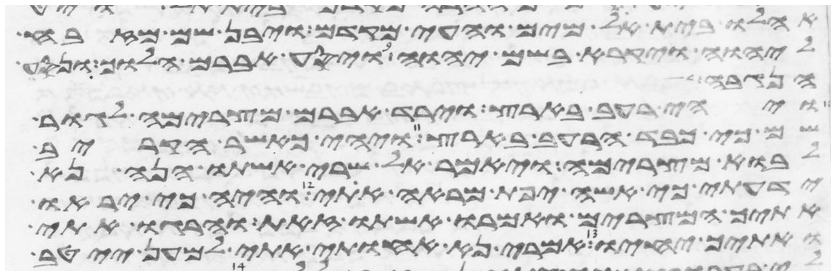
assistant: אהלו בית אל מים והעי מקדם ויבן שם מזבח
ליהוה ויקרא בשם יהוה ויסע אברם הלוך ונסע
הנגבה
ויהי רעב בארץ וירד אברם מצרימה לגור
שם כי כבד הרעב בארץ ויהי כאשר הקריב
לבוא מצרימה ויאמר אל שרי אשתו הנה נא
ידעתי כי אשה יפת מראה אתי והיה כי יראו
אתיך המצרים ואמרו אשתו זאת והרגו אתי
ואתיך יחיו אמרי נא אחותי אתי למען ייטב